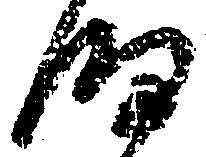
細